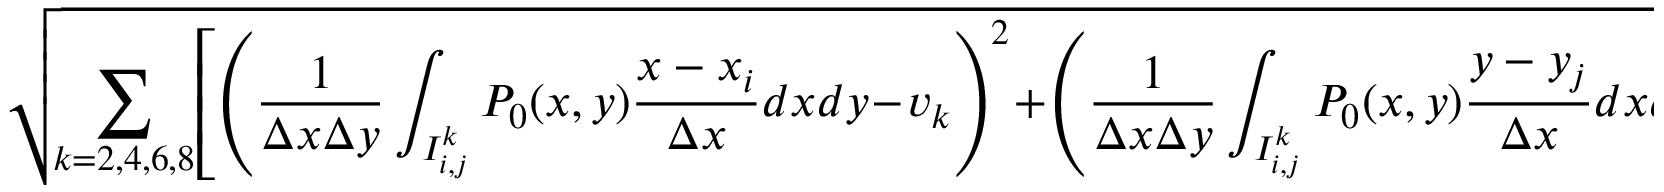
\sqrt { \! \sum _ { k = 2 , 4 , 6 , 8 } \! \left[ \left( \frac { 1 } { \Delta x \Delta y } \int _ { I _ { i , j } ^ { k } } P _ { 0 } ( x , y ) \frac { x - x _ { i } } { \Delta x } d x d y \! - \! v _ { k } \right) ^ { 2 } \! + \! \left( \frac { 1 } { \Delta x \Delta y } \int _ { I _ { i , j } ^ { k } } P _ { 0 } ( x , y ) \frac { y - y _ { j } } { \Delta x } d x d y \! - \! w _ { k } \right) ^ { 2 } \right] } ,